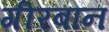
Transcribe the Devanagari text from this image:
गीरबान